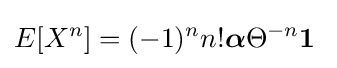
E[X^{n}]=(-1)^{n}n!{\boldsymbol {\alpha }}\Theta ^{-n}{\boldsymbol {1}}\;